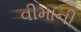
વીમાની